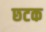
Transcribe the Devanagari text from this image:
छटक